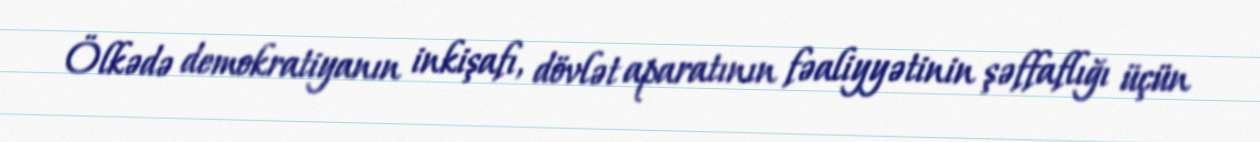
Ölkədə demokratiyanın inkişafı, dövlət aparatının fəaliyyətinin şəffaflığı üçün